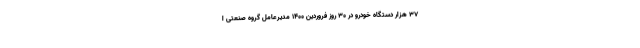
۳۷ هزار دستگاه خودرو در 30 روز فروردین 1400 مدیرعامل گروه صنعتی ا